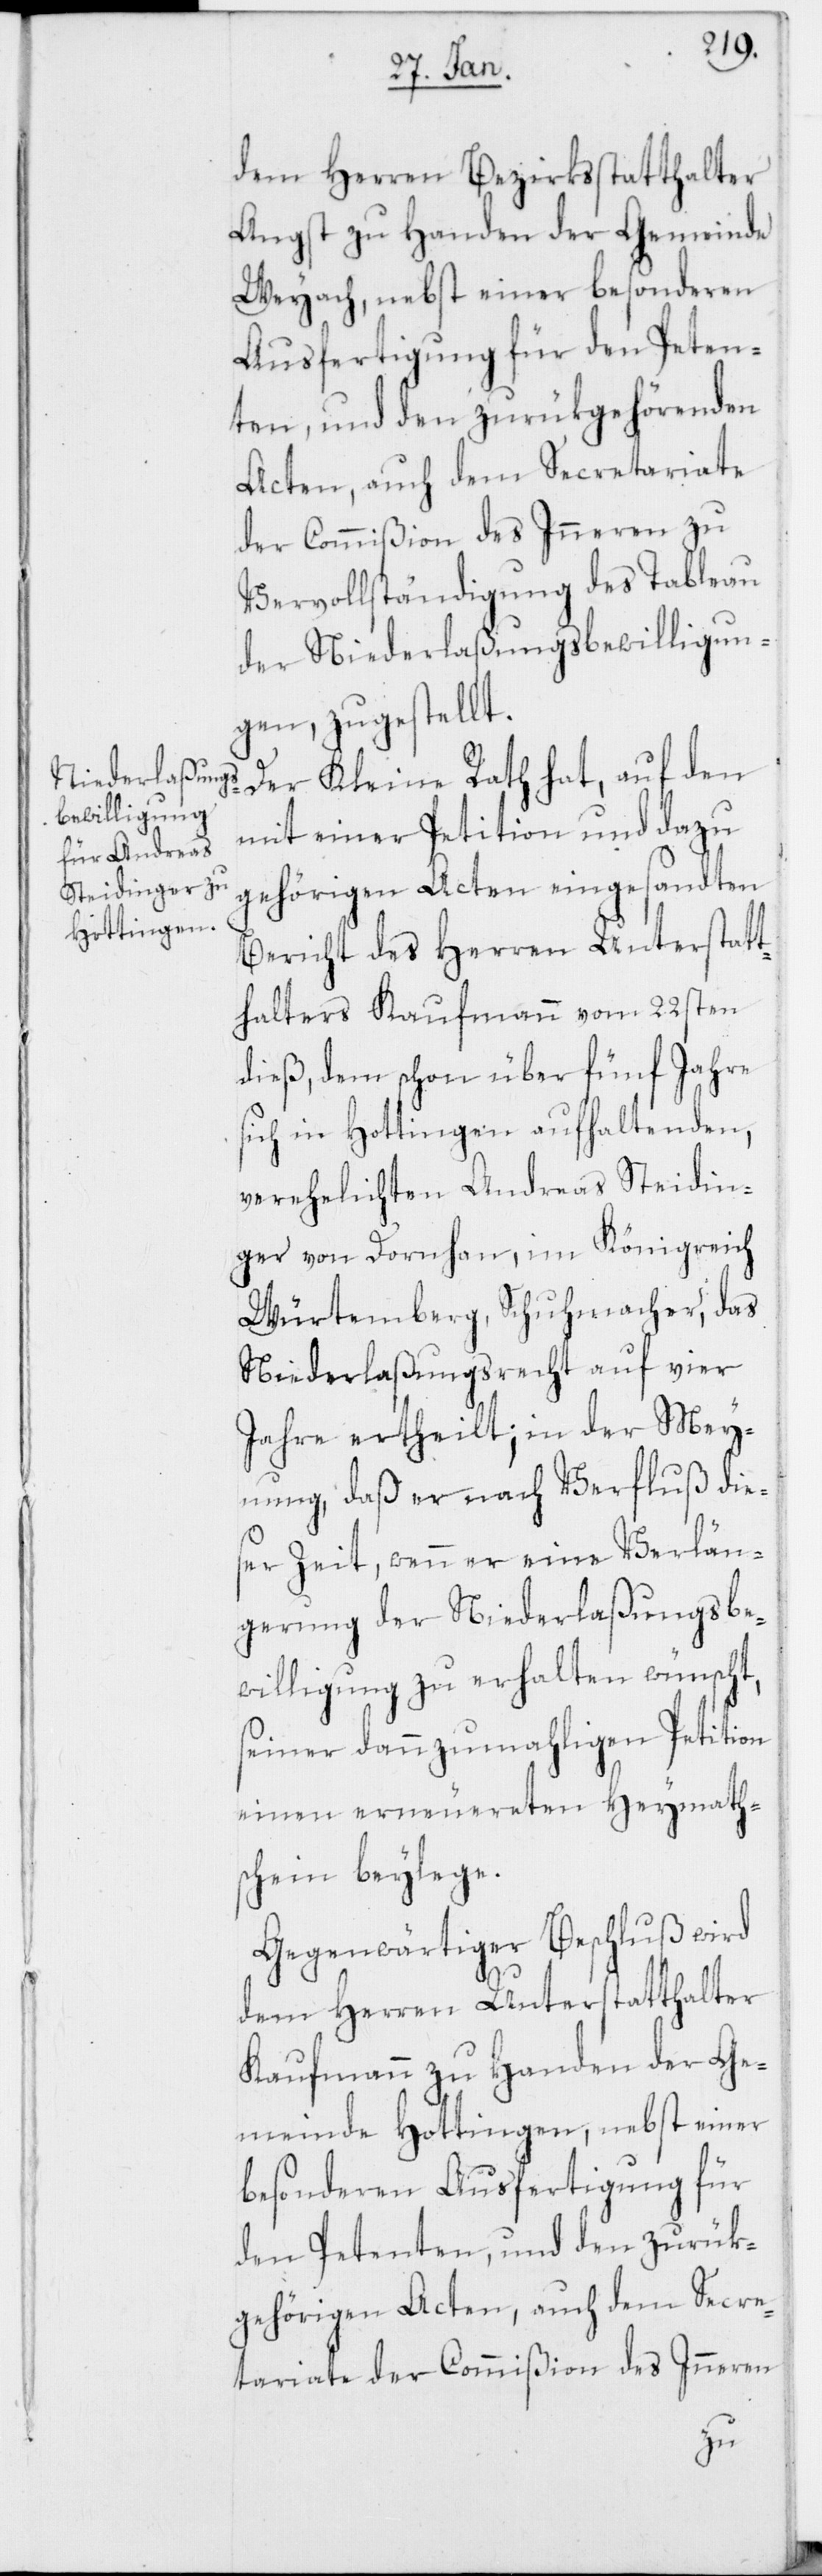
dem Herren Bezirksstatthalter
Angst zu Handen der Gemeinde
Weyach, nebst einer besonderen
Ausfertigung für den Peten¬
ten, und den zurükgehörenden
Acten, auch dem Secretariate
der Commißion des Inneren zu
Vervollständigung des Tableau
der Niederlaßungsbewilligun¬
gen, zugestellt.
Der Kleine Rath hat, auf den
mit einer Petition und dazu
gehörigen Acten eingesandten
Bericht des Herren Unterstatt¬
halters Kaufmann vom 22sten
dieß, dem, schon über fünf Jahre
sich in Hottingen aufhaltenden,
verehelichten Andreas Steidin¬
ger von Dornhan, im Königreich
Würtemberg, Schuhmacher, das
Niederlaßungsrecht auf vier
Jahre ertheilt; in der Mey¬
nung, daß er nach Verfluß die¬
ser Zeit, wenn er eine Verlän¬
gerung der Niederlaßungsbe¬
willigung zu erhalten wünscht,
seiner dann zumahligen Petition
einen erneuereten Heymath¬
schein beylege.
Gegenwärtiger Beschluß wird
dem Herren Unterstatthalter
Kaufmann zu Handen der Ge¬
meinde Hottingen, nebst einer
besonderen Ausfertigung für
den Petenten, und den zurük¬
hörigen Acten, auch dem Secre¬
ge¬
tariate der Commißion des Inneren